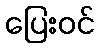
ပြေးဝင်